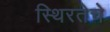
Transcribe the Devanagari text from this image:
स्थिरतेचे